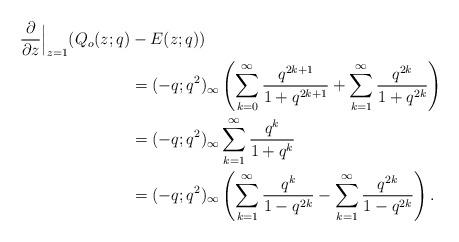
LaTeX: \begin{align*}\frac{\partial}{\partial z} \Big |_{z=1}(Q_o(z;q)&-E(z;q))\\&=(-q;q^2)_\infty\left(\sum_{k=0}^\infty \frac{q^{2k+1}}{1+q^{2k+1}}+\sum_{k=1}^\infty \frac{q^{2k}}{1+q^{2k}}\right)\\&=(-q;q^2)_\infty \sum_{k=1}^\infty \frac{q^k}{1+q^k} \\&= (-q;q^2)_\infty \left(\sum_{k=1}^\infty \frac{q^k}{1-q^{2k}}-\sum_{k=1}^\infty \frac{q^{2k}}{1-q^{2k}}\right). \end{align*}